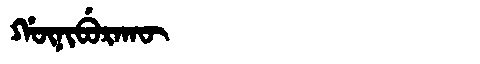
Manchu: ᡤᡡᠨᡳᠪᡠᡵᠠᡴᡡ
Romanization: GŪNIBURAKŪ